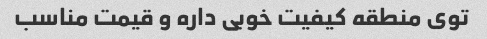
توی منطقه کیفیت خوبی داره و قیمت مناسب